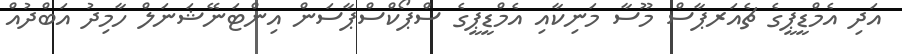
އަދި އެމްޑީޕީގެ ޗެއަރޕާސް މޫސާ މަނިކާއި އެމްޑީޕީގެ ސްޕޯކްސްޕާސަން އިންޓަނޭޝަނަލް ހާމިދު އަބްދުއް